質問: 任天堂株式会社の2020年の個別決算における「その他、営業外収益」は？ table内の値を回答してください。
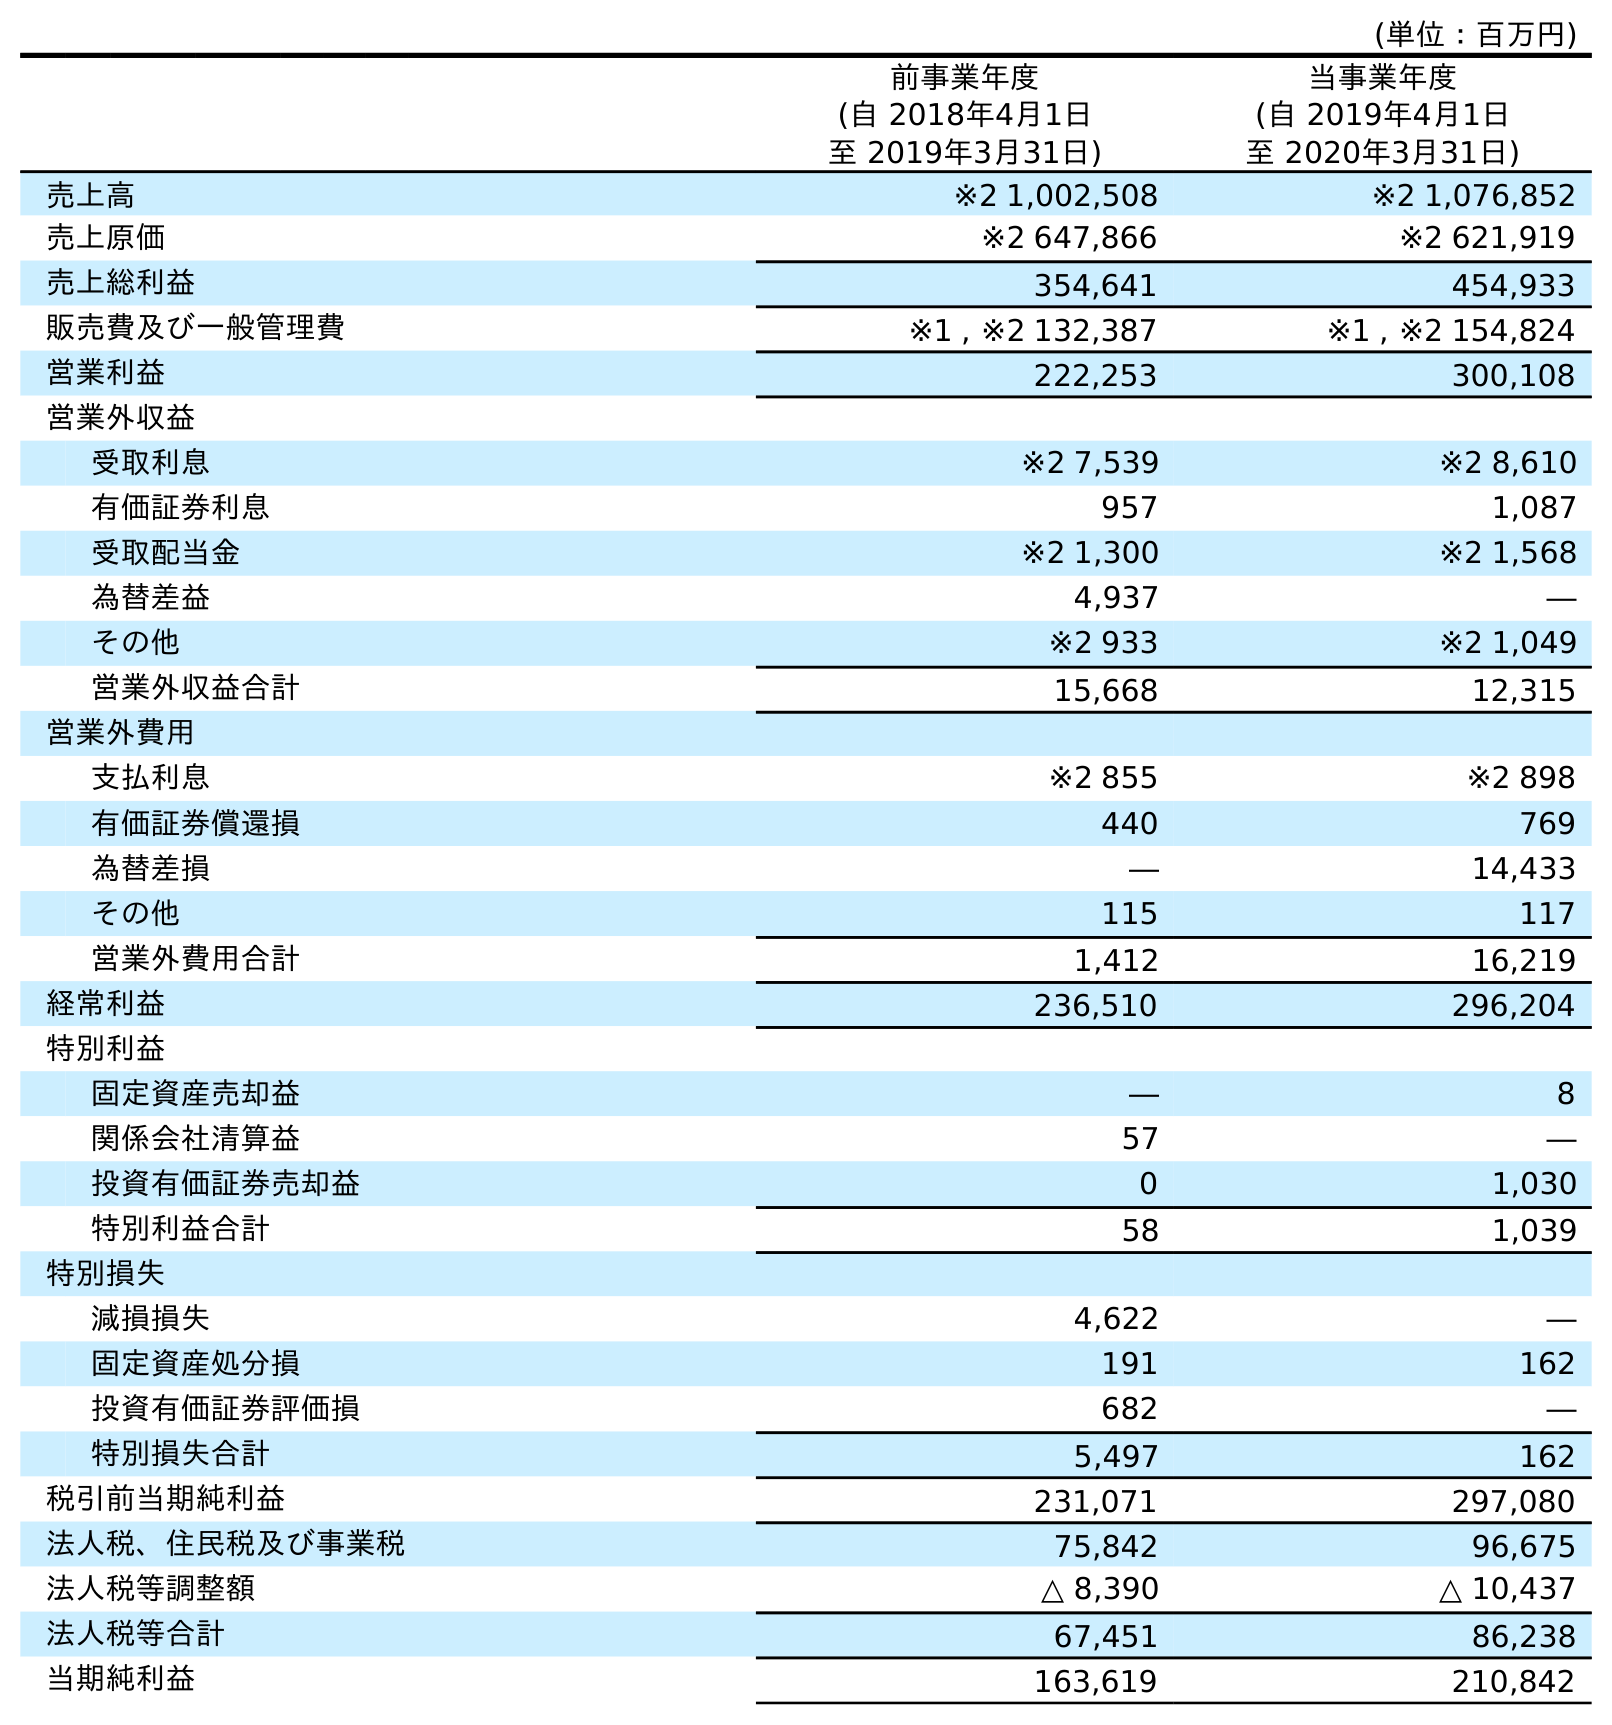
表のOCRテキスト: (単位：百万円) 前事業年度 (自 2018年4月1日 至 2019年3月31日) 当事業年度 (自 2019年4月1日 至 2020年3月31日) 売上高 ※2 1,002,508 ※2 1,076,852 売上原価 ※2 647,866 ※2 621,919 売上総利益 354,641 454,933 販売費及び一般管理費 ※1 , ※2 132,387 ※1 , ※2 154,824 営業利益 222,253 300,108 営業外収益 受取利息 ※2 7,539 ※2 8,610 有価証券利息 957 1,087 受取配当金 ※2 1,300 ※2 1,568 為替差益 4,937 ― その他 ※2 933 ※2 1,049 営業外収益合計 15,668 12,315 営業外費用 支払利息 ※2 855 ※2 898 有価証券償還損 440 769 為替差損 ― 14,433 その他 115 117 営業外費用合計 1,412 16,219 経常利益 236,510 296,204 特別利益 固定資産売却益 ― 8 関係会社清算益 57 ― 投資有価証券売却益 0 1,030 特別利益合計 58 1,039 特別損失 減損損失 4,622 ― 固定資産処分損 191 162 投資有価証券評価損 682 ― 特別損失合計 5,497 162 税引前当期純利益 231,071 297,080 法人税、住民税及び事業税 75,842 96,675 法人税等調整額 △ 8,390 △ 10,437 法人税等合計 67,451 86,238 当期純利益 163,619 210,842
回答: ※21,049